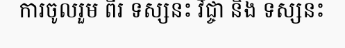
ការចូលរួម ពីរ ទស្សនះ វិជ្ចា និង ទស្សនះ